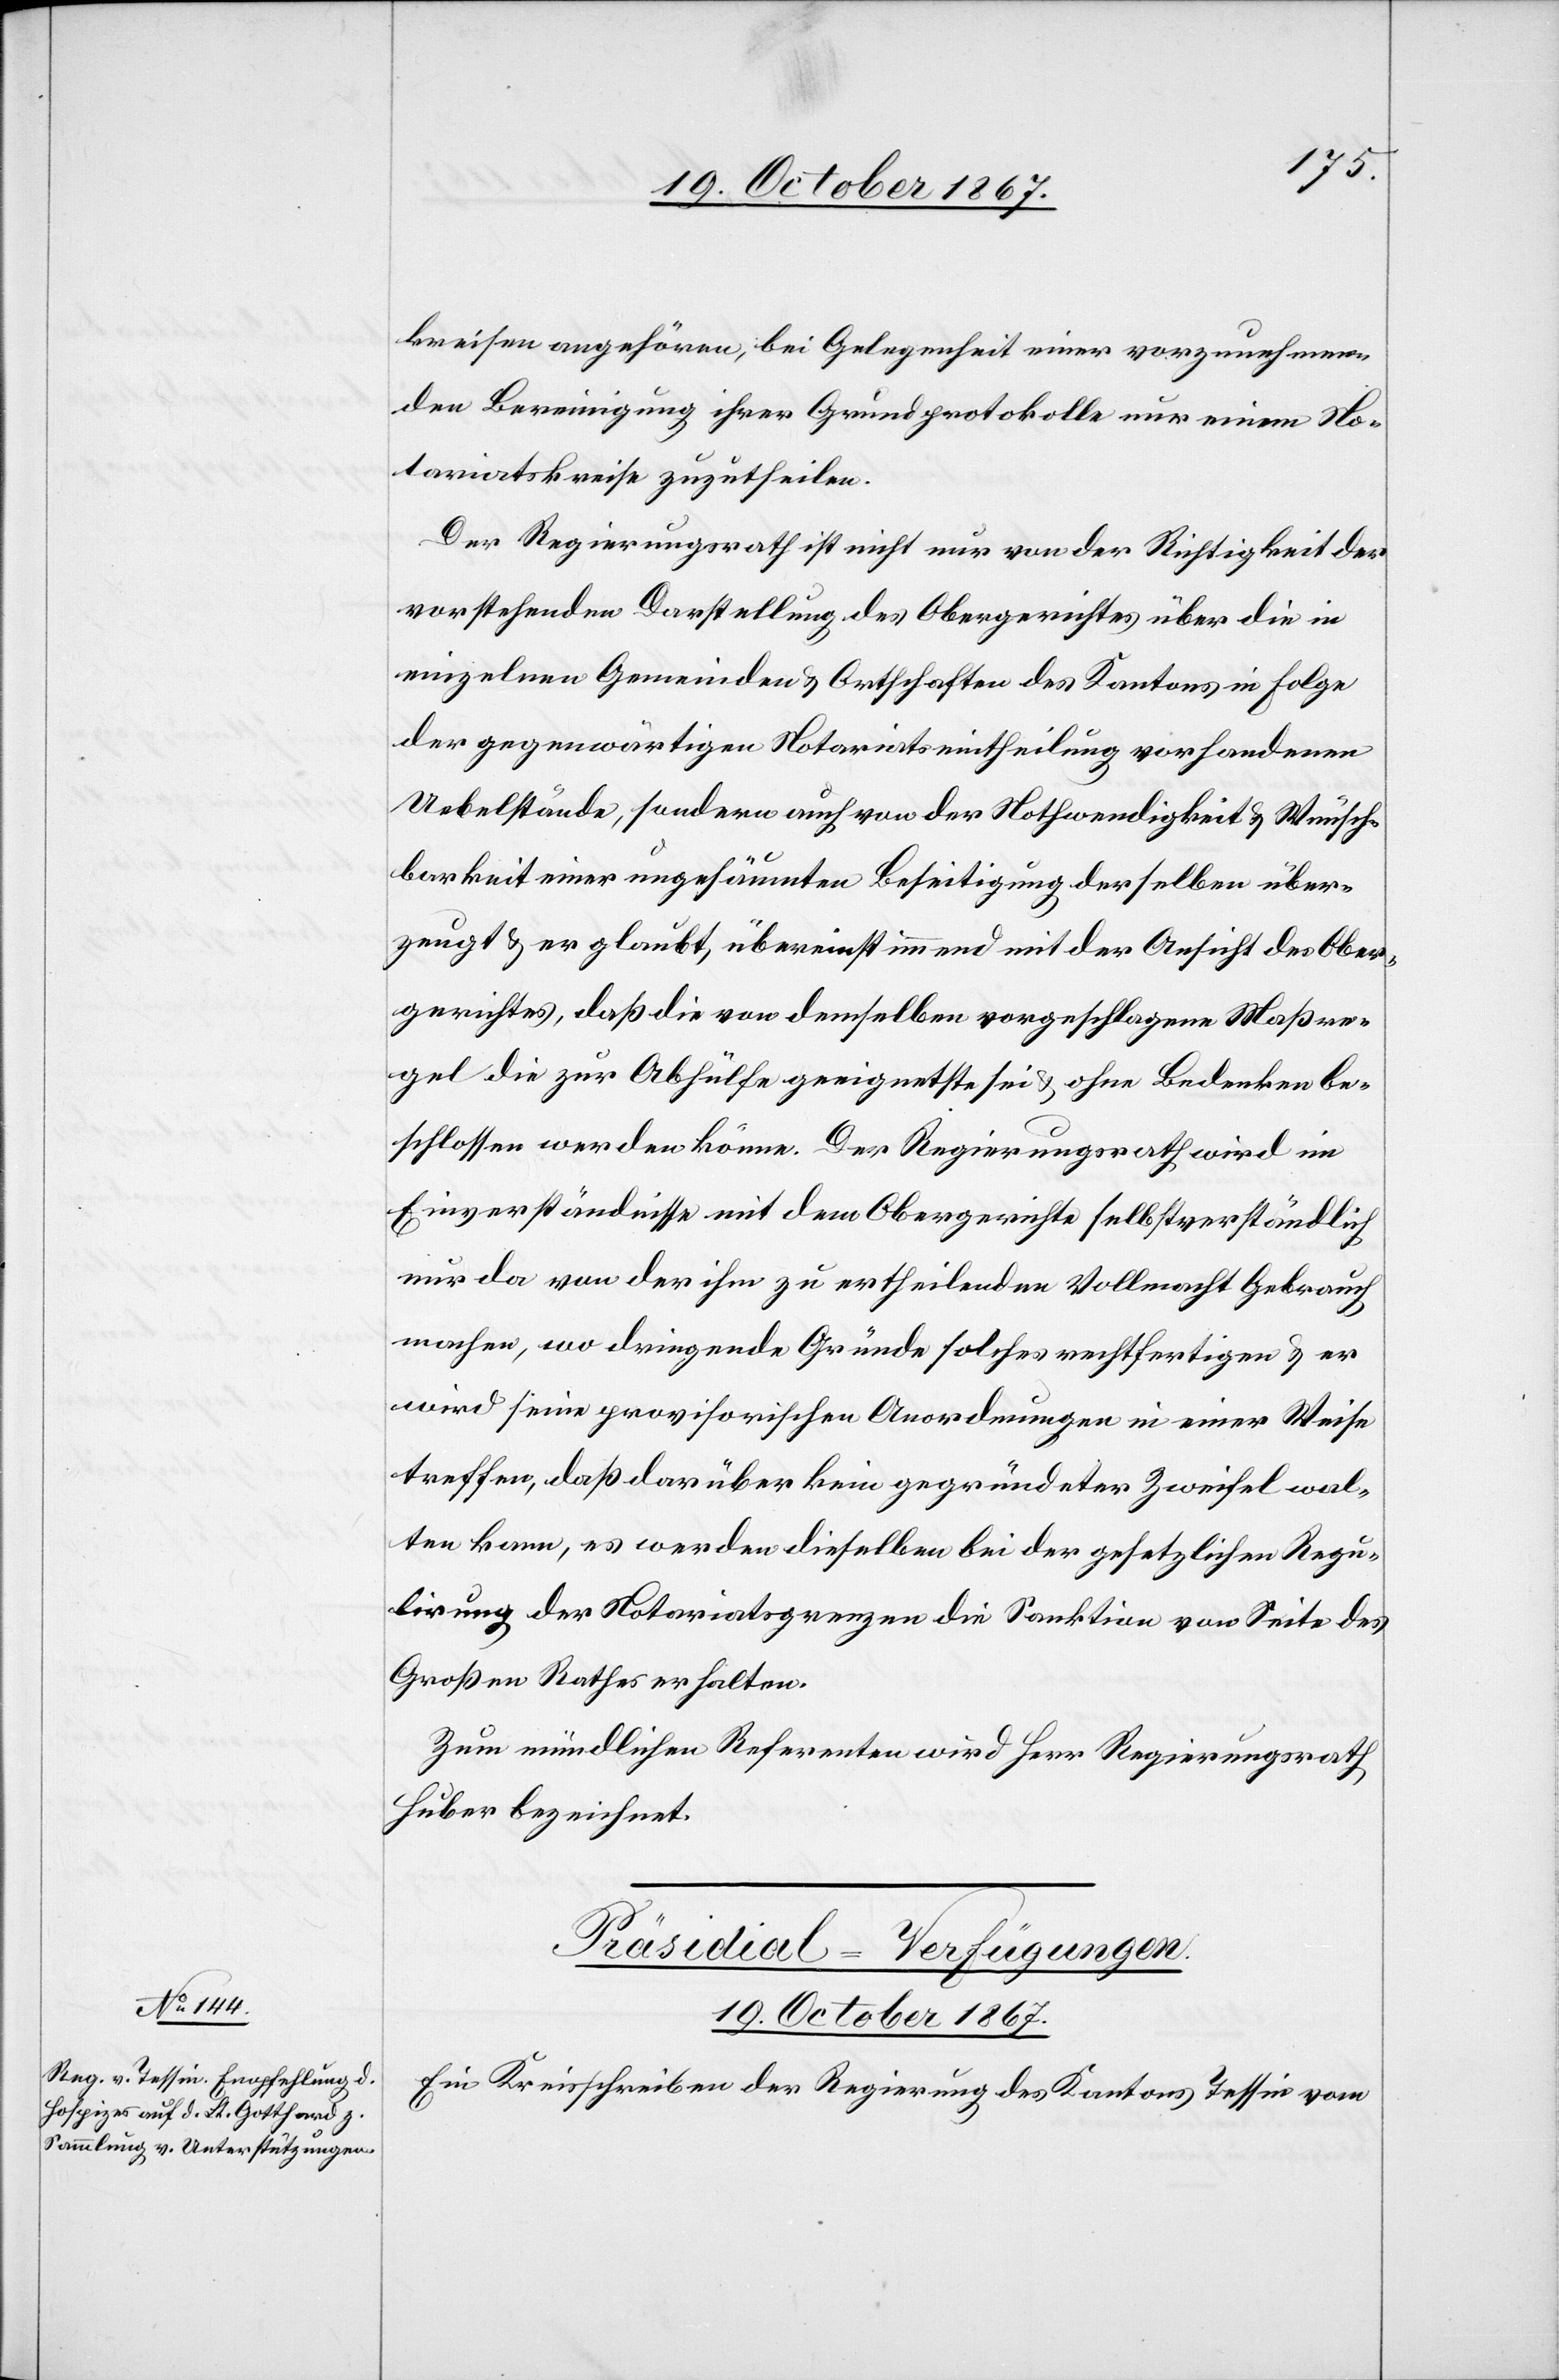
19. October 1867.
kreisen angehören, bei Gelegenheit einer vorzunehmen¬
den Bereinigung ihrer Grundprotokolle nur einem No¬
tariatskreise zuzutheilen.
Der Regierungsrath ist nicht nur von der Richtigkeit der
vorstehenden Darstellung des Obergerichtes über die in
der gegenwärtigen Notariatseintheilung vorhandenen
Uebelstände, sondern auch der Nothwendigkeit u. Wünsch¬
barkeit einer ungesäumten Beseitigung derselben über¬
zeugt u. er glaubt, übereinstimmend mit der Ansicht des Ober¬
gerichtes, daß die von demselben vorgeschlagene Maßre¬
gel die zur Abhülfe geeignetste sei u. ohne Bedenken be¬
schlossen werden könne. Der Regierungsrath wird im
Einverständnisse mit dem Obergerichte selbstverständlich
nur da von der ihm zu ertheilenden Vollmacht Gebrauch
machen, wo dringende Gründe solches rechtfertigen u. er
wird seine provisorischen Anordnungen in einer Weise
treffen, daß darüber kein gegründeter Zweifel wal¬
ten kann, es werden dieselben bei der gesetzlichen Regu¬
lirung der Notariatsgrenzen die Sanktion von Seite des
Großen Rathes erhalten.
Zum mündlichen Referenten wird Herr Regierungsrath
Huber bezeichnet.
Präsidial-Verfügungen.
Ein Kreisschreiben der Regierung des Kantons Tessin vom